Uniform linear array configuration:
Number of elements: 16
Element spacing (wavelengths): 0.5
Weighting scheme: binomial
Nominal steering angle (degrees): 30
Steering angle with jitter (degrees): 31.373
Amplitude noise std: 0.05
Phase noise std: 0.05

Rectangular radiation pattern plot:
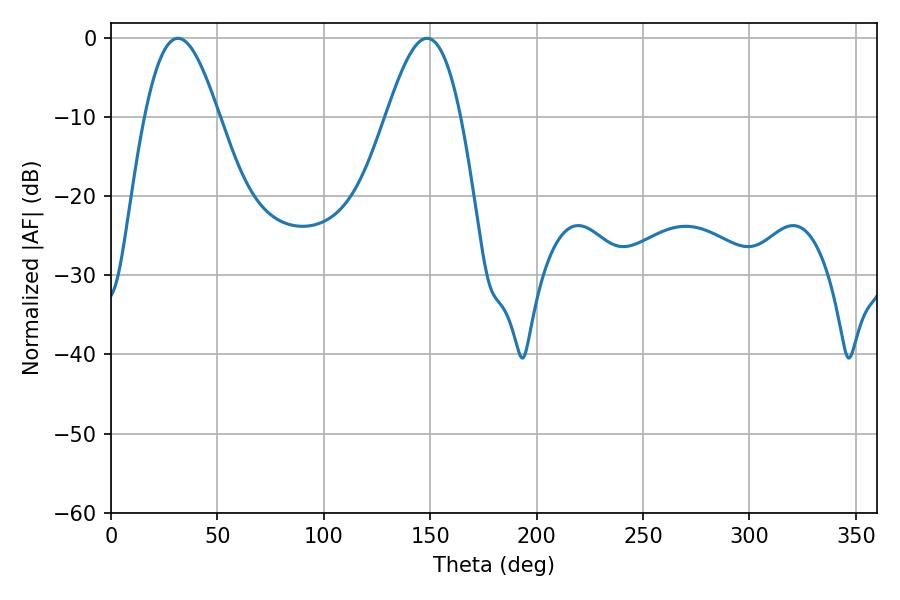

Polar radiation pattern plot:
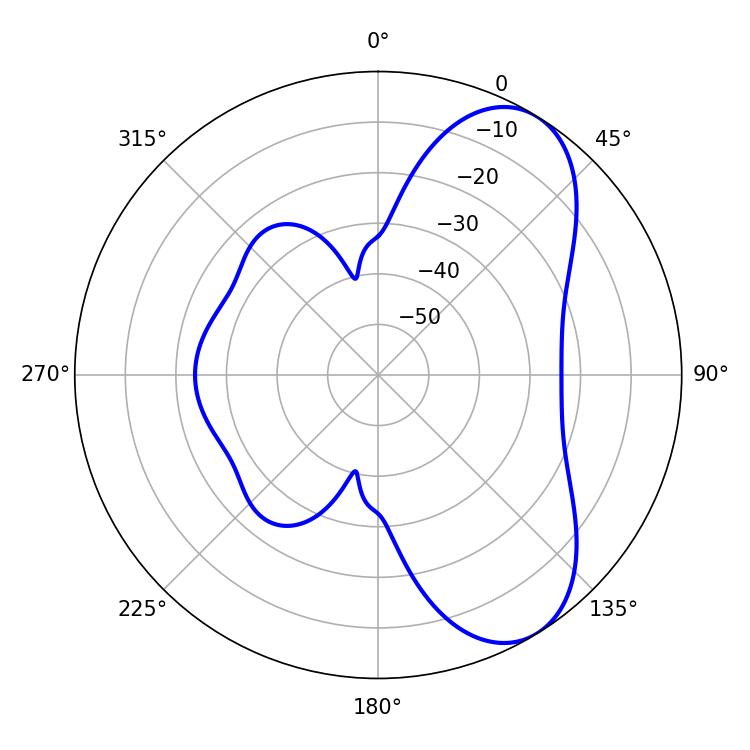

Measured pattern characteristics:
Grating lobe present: FALSE
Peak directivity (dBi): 7.153
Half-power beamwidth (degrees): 18.72
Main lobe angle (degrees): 31.5